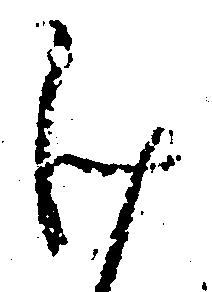
け